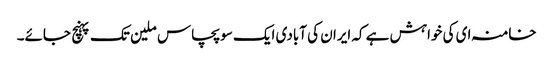
خامنہ ای کی خواہش ہے کہ ایران کی آبادی ایک سو پچاس ملین تک پہنچ جائے۔